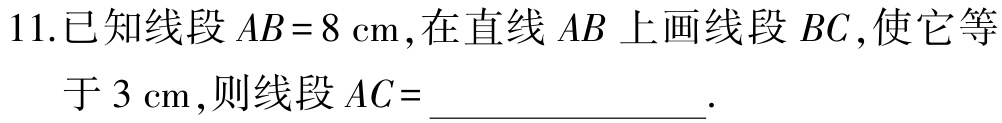
11.已知线段\(AB = 8\mathrm{cm}\),在直线\(AB\)上画线段\(BC\),使它等

   于\(3\mathrm{cm}\),则线段\(AC =\)________________.